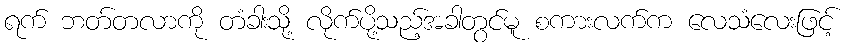
ရက် ဘတ်တလာကို တံခါးသို့ လိုက်ပို့သည့်အခါတွင်မူ စကားလက်က လေသံလေးဖြင့်